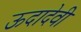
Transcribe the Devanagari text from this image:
ऊदादेवी